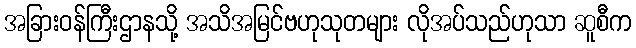
အခြားဝန်ကြီးဌာနသို့ အသိအမြင်ဗဟုသုတများ လိုအပ်သည်ဟုသာ ဆူစီက